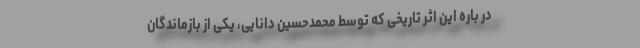
در باره این اثر تاریخی که توسط محمدحسین دانایی، یکی از بازماندگان